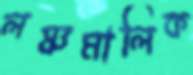
লঞ্চমালিক